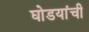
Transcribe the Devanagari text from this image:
घोडयांची